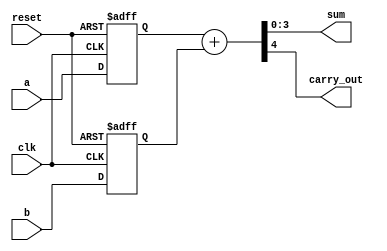
module cpld_example (
    input wire clk,             // Clock input
    input wire reset,           // Reset input
    input wire [3:0] a,        // 4-bit input
    input wire [3:0] b,        // 4-bit input
    output wire [3:0] sum,     // 4-bit output for sum
    output wire carry_out       // Carry output
);

// Internal signals
wire [3:0] a_reg, b_reg;      // Registered inputs
wire [4:0] full_sum;          // Full sum with carry

// Logic Block 1: Register inputs
always @(posedge clk or posedge reset) begin
    if (reset) begin
        a_reg <= 4'b0000;
        b_reg <= 4'b0000;
    end else begin
        a_reg <= a;
        b_reg <= b;
    end
end

// Logic Block 2: Combinational Logic for Addition
assign full_sum = a_reg + b_reg; // Simple addition
assign sum = full_sum[3:0];       // Lower 4 bits of the sum
assign carry_out = full_sum[4];    // Carry out from the addition

// I/O Configuration (Example)
// The I/O pins can be configured as needed in the CPLD software
// This is typically done in the CPLD's configuration tool, not in Verilog

endmodule